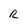
Character: R